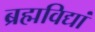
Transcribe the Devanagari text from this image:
ब्रह्मविद्यां